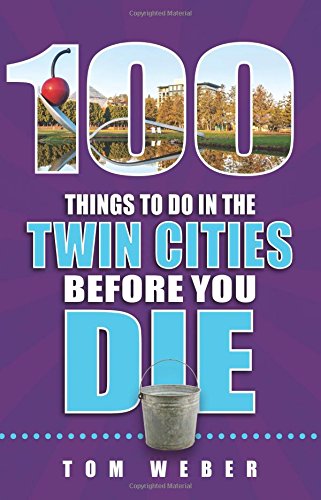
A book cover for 100 Things to Do in the Twin Cities Before You Die; Tom Weber; Travel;